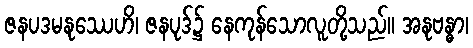
ဇနပဒမနုဿေဟိ၊ ဇနပုဒ်၌ နေကုန်သောလူတို့သည်။ အနုဗန္ဓာ၊